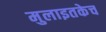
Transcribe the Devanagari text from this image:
मुलाइतकेच